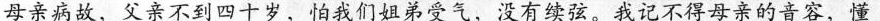
母亲病故，父亲不到四十岁，怕我们姐弟受气，没有续弦。我记不得母亲的音容，懂